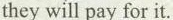
they will pay for it.